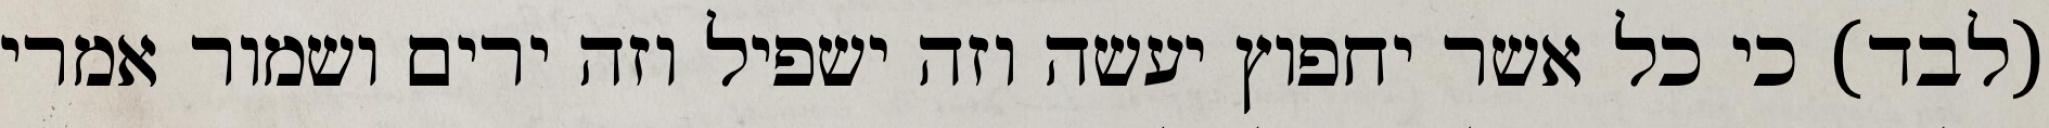
(לבד) כי כל אשר יחפוץ יעשה וזה ישפיל וזה ירים ושמור אמרי